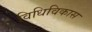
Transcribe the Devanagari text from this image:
विधिविकास